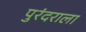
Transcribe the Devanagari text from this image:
पुरंदराला